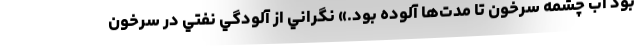
بود آب چشمه سرخون تا مدت‌ها آلوده بود.» نگراني از آلودگي نفتي در سرخون